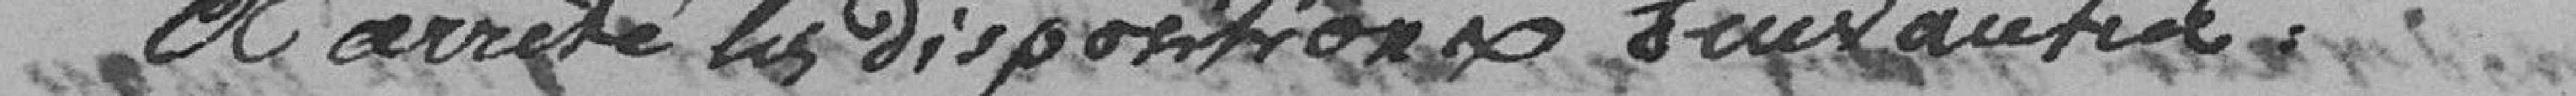
a arrêté les dispositions suivantes: